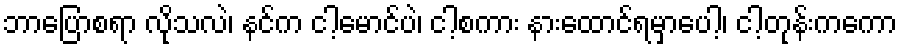
ဘာပြောစရာ လိုသလဲ၊ နင်က ငါ့မောင်ပဲ၊ ငါ့စကား နားထောင်ရမှာပေါ့၊ ငါ့တုန်းကကော